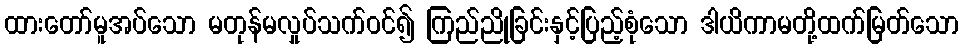
ထားတော်မူအပ်သော မတုန်မလှုပ်သက်ဝင်၍ ကြည်ညိုခြင်းနှင့်ပြည့်စုံသော ဒါယိကာမတို့ထက်မြတ်သော